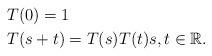
LaTeX: \begin{align*} &T(0)=1\\& T(s+t)=T(s)T(t) s,t\in\mathbb{R}. \end{align*}